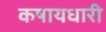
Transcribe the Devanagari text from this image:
कषायधारी